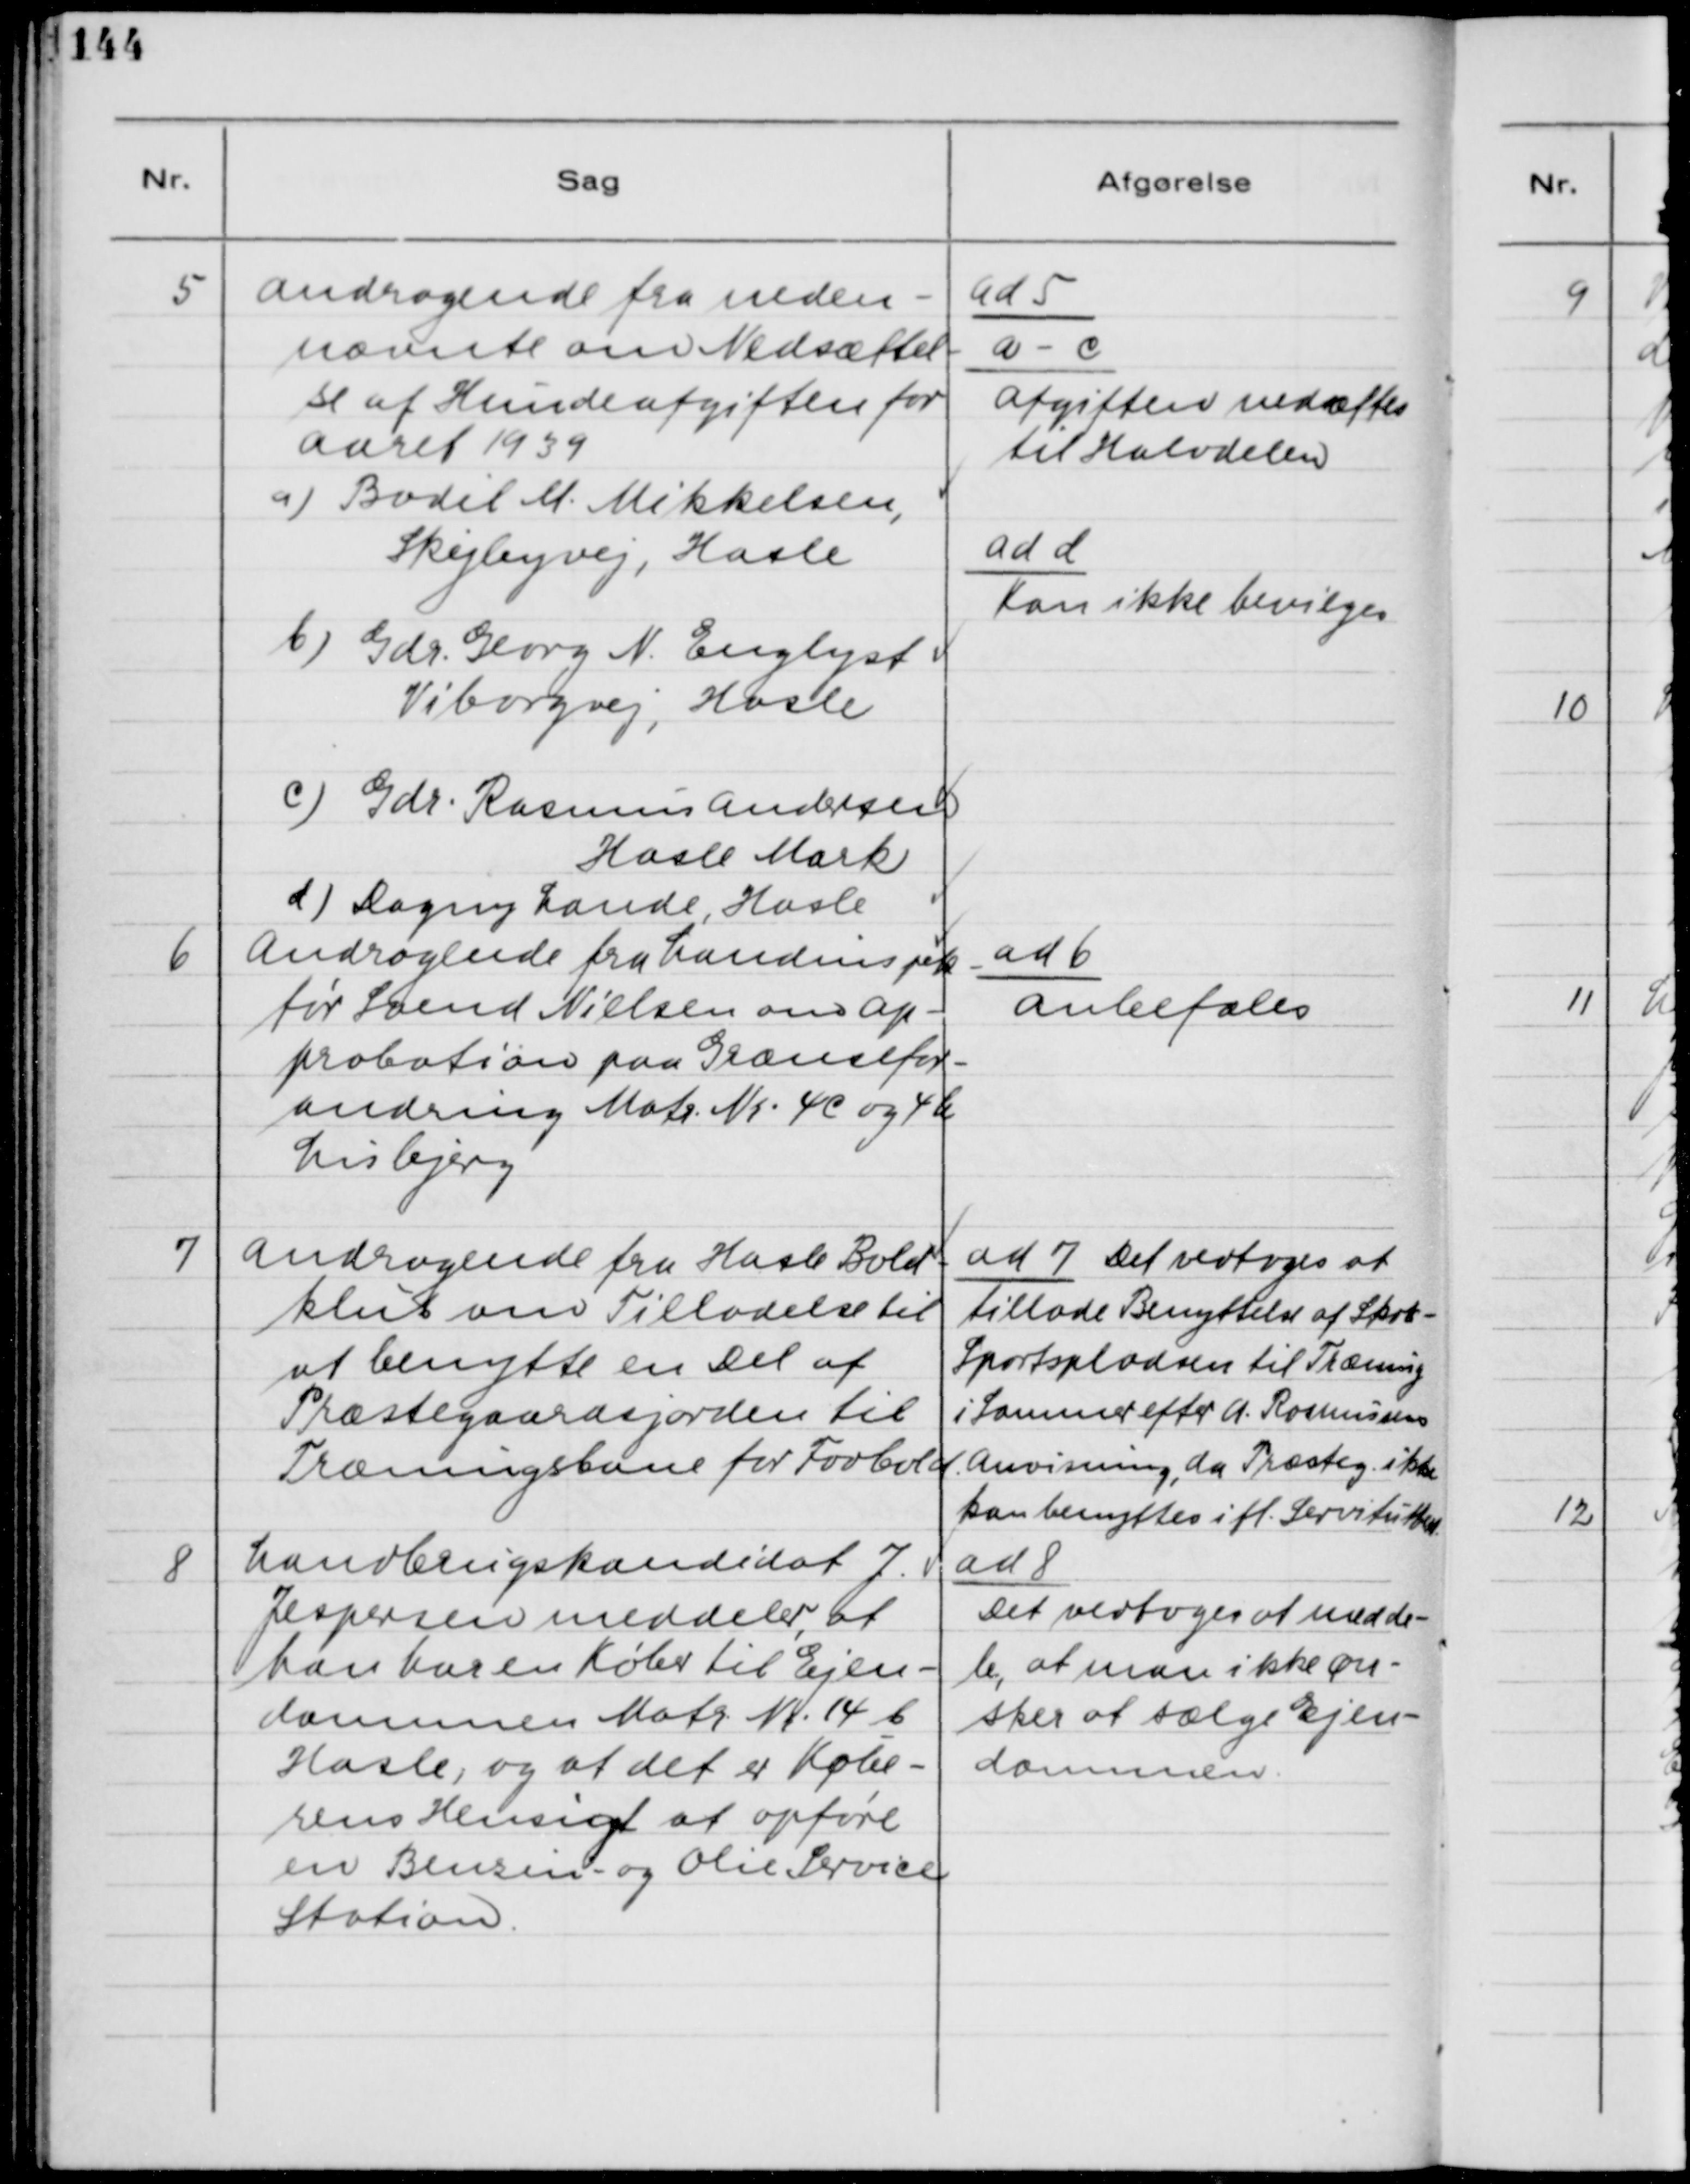
Transskription:
5. Andragende fra neden-
nævnte om Nedsættel-
se af Hundeafgiften for
Aaret 1939.
a) Bodil M. Mikkelsen,
Skejbyvej, Hasle
b) Gdr. Georg N. Englyst
Viborgvej, Hasle
c) Gdr. Rasmus Andersen
Hasle Mark
d) Dagny Lande, Hasle

ad 5.
a - c
Afgiften nedsættes
til Halvdelen
ad d
Kan ikke bevilges

6. Andragende fra Landinspek-
tør Svend Nielsen om Ap-
probation paa Grænsefor-
andring Matr. Nr. 4C og 4b
Lisbjerg

ad 6.
Anbefales

7. Andragende fra Hasle Bold-
klub om Tilladelse til
at benytte en Del af
Præstegaardsjorden til
Træningsbane for Fodbold.

ad 7. Det vedtoges at
tillade Benyttelse af Skov-
Sportspladsen til Træning
i Sommer efter A. Rasmussens
Anvisning, da Præsteg. ikke
kan benyttes ifl. Servitutten.

8. Landbrugskandidat J.
Jespersen meddeler, at
har en Køber til Ejen-
dommen Matr. Nr. 14 b
Hasle, og at det er Købe-
rens Hensigt at opføre
en Benzin- og Olie Service
Station.

ad 8.
Det vedtoges at medde-
le, at man ikke øn-
sker at sælge Ejen-
dommen.